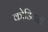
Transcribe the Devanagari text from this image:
कोडिन्जी